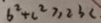
6 ^ { 2 } + c ^ { 2 } \geq 2 3 c